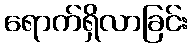
ရောက်ရှိလာခြင်း